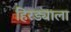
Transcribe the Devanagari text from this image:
हिरड्याला